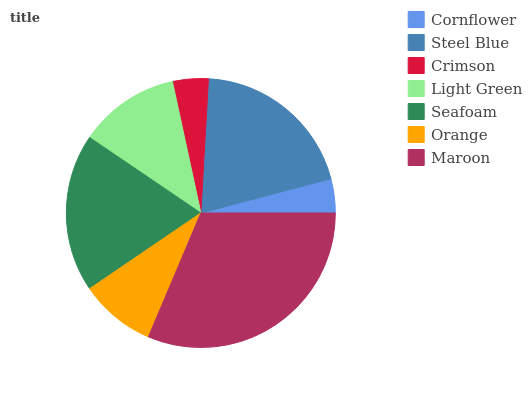
| Cornflower | Steel Blue | Crimson | Light Green | Seafoam | Orange | Maroon |
 | --- | --- | --- | --- | --- | --- | --- |
 | 4.09% | 20.1% | 4.28% | 12.1% | 18.9% | 9.12% | 31.4% |